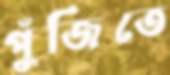
পুঁজিতে